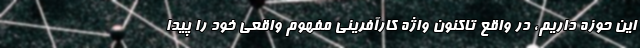
این حوزه داریم، در واقع تاکنون واژه کارآفرینی مفهوم واقعی خود را پیدا